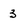
Character: 3